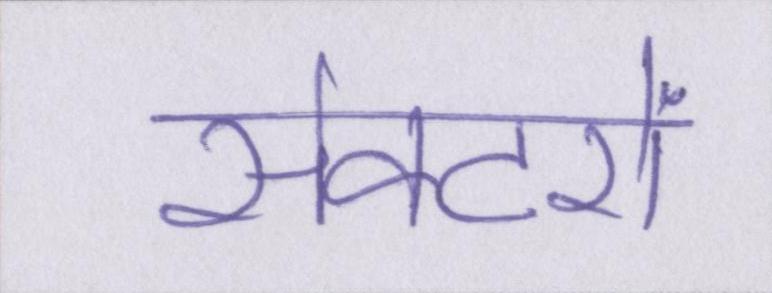
सेक्टरों